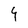
Character: 4